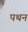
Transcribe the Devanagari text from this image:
पथन